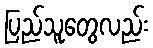
ပြည်သူတွေလည်း